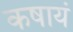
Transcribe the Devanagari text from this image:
कषायं